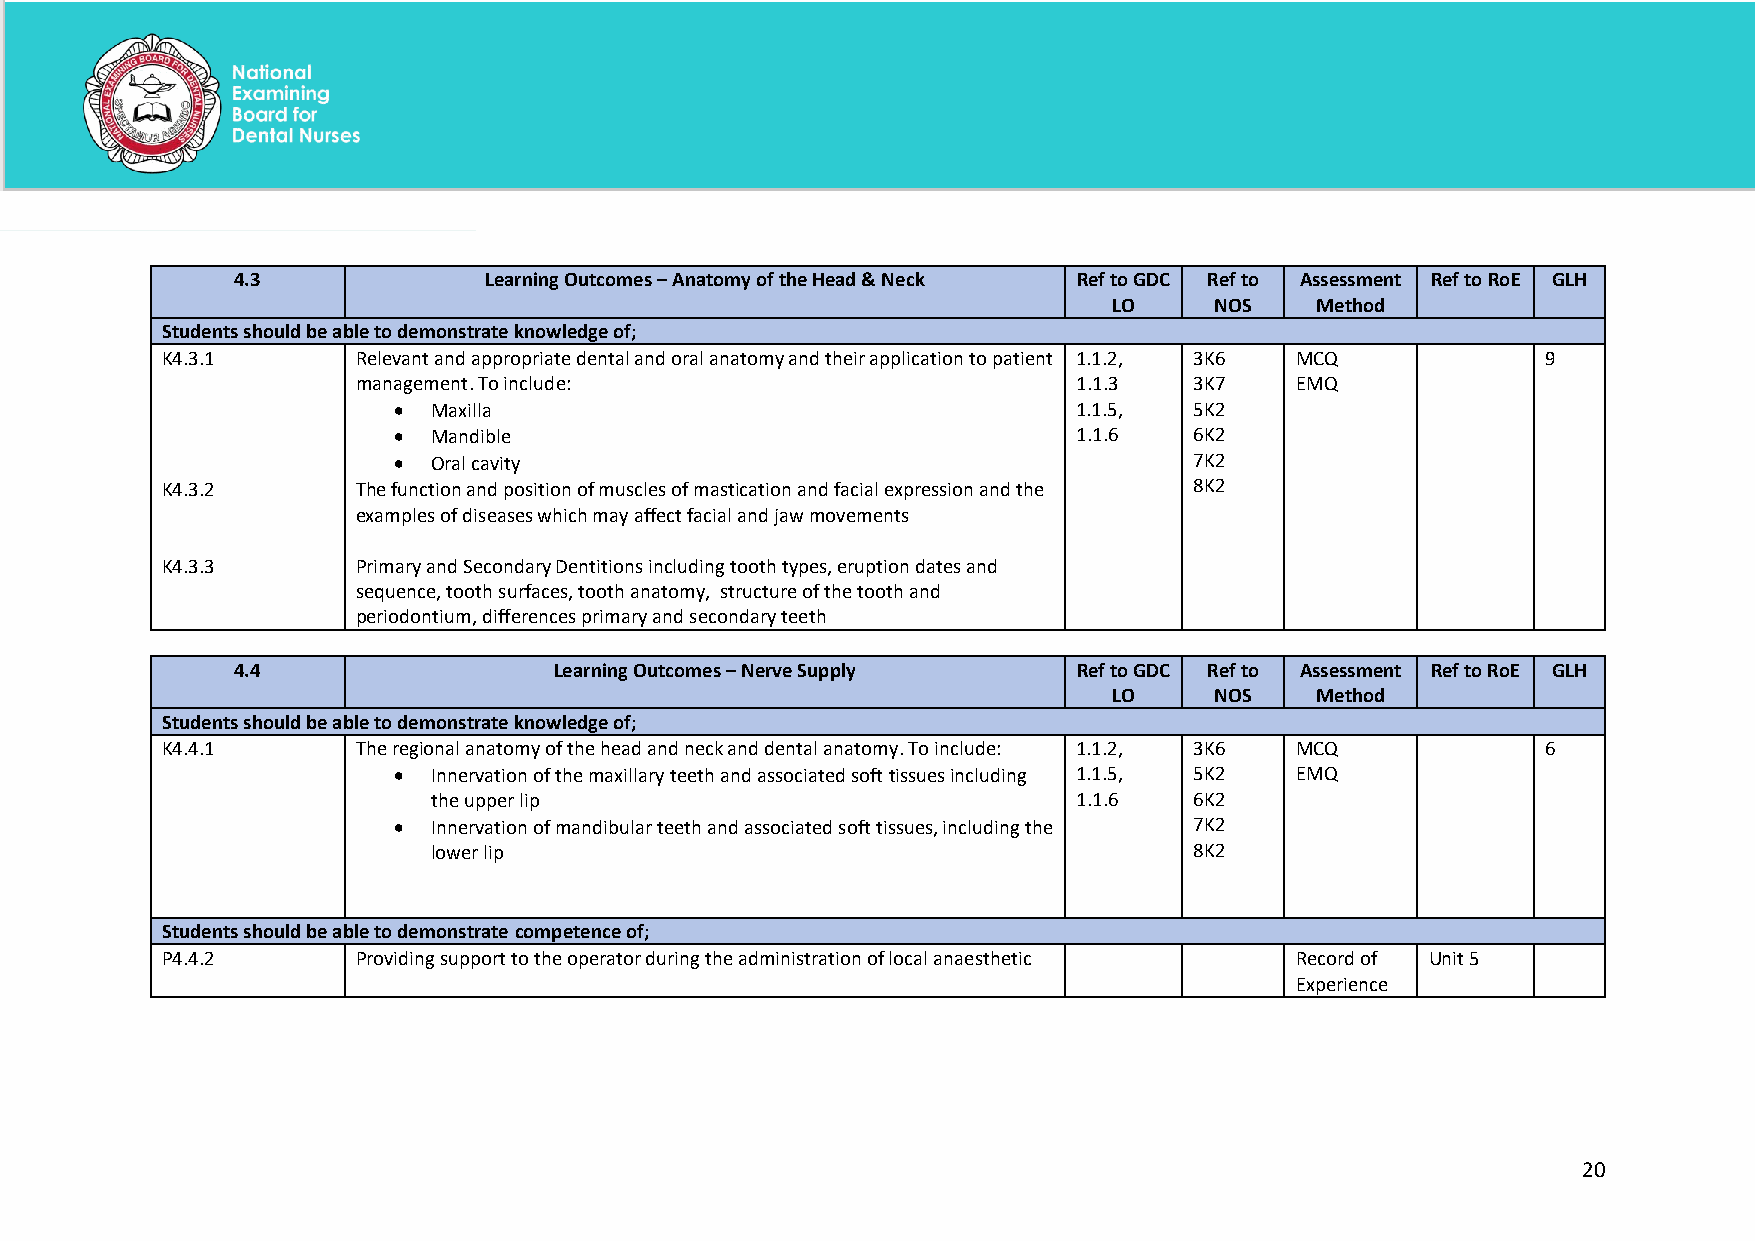
4.3              Learning Outcomes – Anatomy of the Head & Neck Ref to GDC Ref to Assessment Ref to RoE GLH
 LO    NOS    Method
 Students should be able to demonstrate knowledge of;
 K4.3.1       Relevant and appropriate dental and oral anatomy and their application to patient 1.1.2, 3K6 MCQ 9
 management. To include:                        1.1.3   3K7    EMQ
 •  Maxilla                                   1.1.5,  5K2
 •  Mandible                                  1.1.6   6K2
 •  Oral cavity                                       7K2
 K4.3.2       The function and position of muscles of mastication and facial expression and the 8K2
 examples of diseases which may affect facial and jaw movements
 K4.3.3       Primary and Secondary Dentitions including tooth types, eruption dates and
 sequence, tooth surfaces, tooth anatomy, structure of the tooth and
 periodontium, differences primary and secondary teeth
 4.4                   Learning Outcomes – Nerve Supply  Ref to GDC Ref to Assessment Ref to RoE GLH
 LO    NOS    Method
 Students should be able to demonstrate knowledge of;
 K4.4.1       The regional anatomy of the head and neck and dental anatomy. To include: 1.1.2, 3K6 MCQ 6
 •  Innervation of the maxillary teeth and associated soft tissues including 1.1.5, 5K2 EMQ
 the upper lip                             1.1.6   6K2
 •  Innervation of mandibular teeth and associated soft tissues, including the 7K2
 lower lip                                         8K2
 Students should be able to demonstrate competence of;
 P4.4.2       Providing support to the operator during the administration of local anaesthetic Record of Unit 5
 Experience
 20
 National Examining Board for Dental Nurses